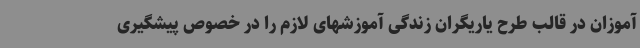
آموزان در قالب طرح یاریگران زندگی آموزشهای لازم را در خصوص پیشگیری